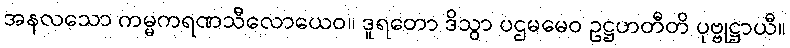
အနလသော ကမ္မကရဏသီလောယေဝ။ ဒူရတော ဒိသွာ ပဌမမေဝ ဥဋ္ဌဟတီတိ ပုဗ္ဗုဋ္ဌာယီ။